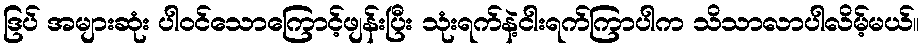
ဒြပ် အများဆုံး ပါဝင်သောကြောင့်ဖျန်းပြီး သုံးရက်နဲ့ငါးရက်ကြာပါက သိသာလာပါလိမ့်မယ်။